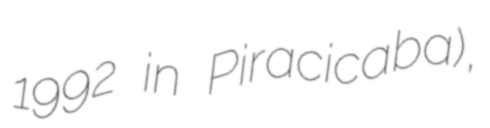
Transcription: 1992 in Piracicaba),